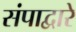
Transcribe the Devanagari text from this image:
संपाद्वारे